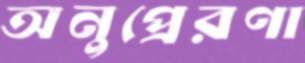
অনুপ্রেরণা